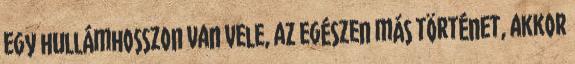
egy hullámhosszon van vele, az egészen más történet, akkor